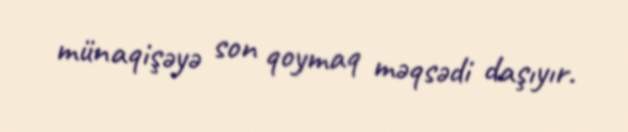
münaqişəyə son qoymaq məqsədi daşıyır.